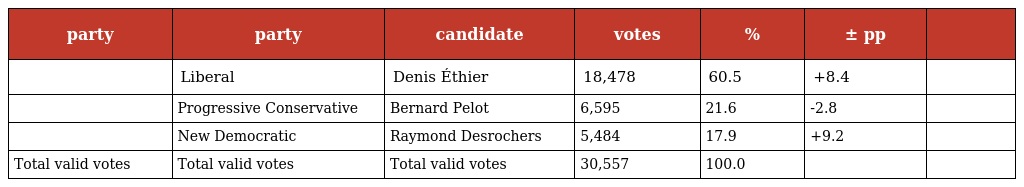
| party | party | candidate | votes | % | ± pp |  |
 | --- | --- | --- | --- | --- | --- | --- |
 |  | Liberal | Denis Éthier | 18,478 | 60.5 | +8.4 |  |
 |  | Progressive Conservative | Bernard Pelot | 6,595 | 21.6 | -2.8 |  |
 |  | New Democratic | Raymond Desrochers | 5,484 | 17.9 | +9.2 |  |
 | Total valid votes | Total valid votes | Total valid votes | 30,557 | 100.0 |  |  |